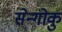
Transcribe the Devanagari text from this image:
सेन्गोकु